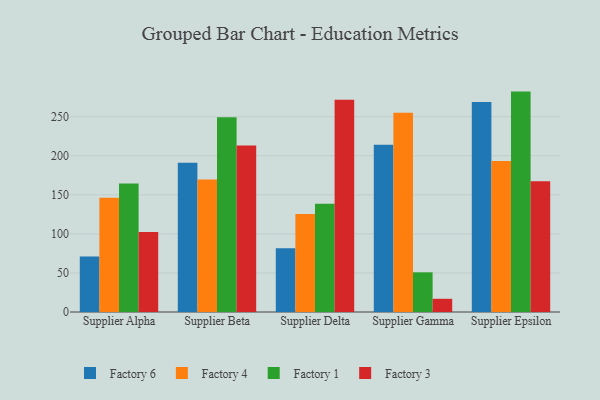
{"axis": {"x": "Supplier", "y": "Operating Costs (USD K)"}, "legend": ["Factory 1", "Factory 3", "Factory 4", "Factory 6"], "data": [{"x": "Supplier Alpha", "y": 70.9, "type": "Factory 6"}, {"x": "Supplier Alpha", "y": 146.3, "type": "Factory 4"}, {"x": "Supplier Alpha", "y": 164.5, "type": "Factory 1"}, {"x": "Supplier Alpha", "y": 102.4, "type": "Factory 3"}, {"x": "Supplier Beta", "y": 190.9, "type": "Factory 6"}, {"x": "Supplier Beta", "y": 169.5, "type": "Factory 4"}, {"x": "Supplier Beta", "y": 249.4, "type": "Factory 1"}, {"x": "Supplier Beta", "y": 213.0, "type": "Factory 3"}, {"x": "Supplier Delta", "y": 81.6, "type": "Factory 6"}, {"x": "Supplier Delta", "y": 125.4, "type": "Factory 4"}, {"x": "Supplier Delta", "y": 138.6, "type": "Factory 1"}, {"x": "Supplier Delta", "y": 271.8, "type": "Factory 3"}, {"x": "Supplier Gamma", "y": 214.1, "type": "Factory 6"}, {"x": "Supplier Gamma", "y": 255.1, "type": "Factory 4"}, {"x": "Supplier Gamma", "y": 50.8, "type": "Factory 1"}, {"x": "Supplier Gamma", "y": 16.9, "type": "Factory 3"}, {"x": "Supplier Epsilon", "y": 268.7, "type": "Factory 6"}, {"x": "Supplier Epsilon", "y": 193.2, "type": "Factory 4"}, {"x": "Supplier Epsilon", "y": 282.1, "type": "Factory 1"}, {"x": "Supplier Epsilon", "y": 167.2, "type": "Factory 3"}]}